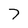
Character: 7